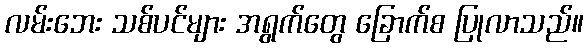
လမ်းဘေး သစ်ပင်များ အရွက်တွေ ခြောက်စ ပြုလာသည်။